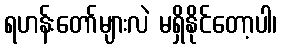
ရဟန်းတော်များလဲ မရှိနိုင်တော့ပါ၊